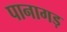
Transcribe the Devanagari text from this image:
पानागड़